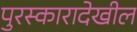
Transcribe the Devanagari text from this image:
पुरस्कारादेखील